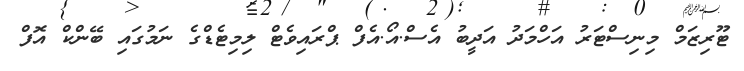
ޓޫރިޒަމް މިނިސްޓަރު އަހްމަދު އަދީބު އެސް.އޯ.އެފް ޕްރައިވެޓް ލިމިޓެޑްގެ ނަމުގައި ބޭންކް އޮފް